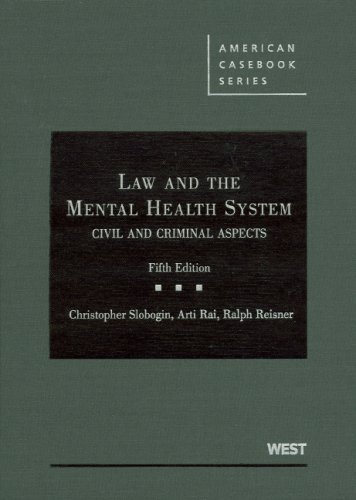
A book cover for Law and the Mental Health System: Civil and Criminal Aspects (American Casebook Series); Christopher Slobogin; Law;